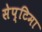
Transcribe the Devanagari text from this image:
सेप्टिमा